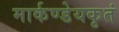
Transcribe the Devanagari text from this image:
मार्कण्डेयकृतं